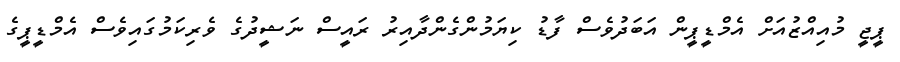
ޕީޖީ މުއިއްޒުއަށް އެމްޑީޕީން އަބަދުވެސް ފާޑު ކިޔަމުންގެންދާއިރު ރައީސް ނަޝީދުގެ ވެރިކަމުގައިވެސް އެމްޑީޕީގެ